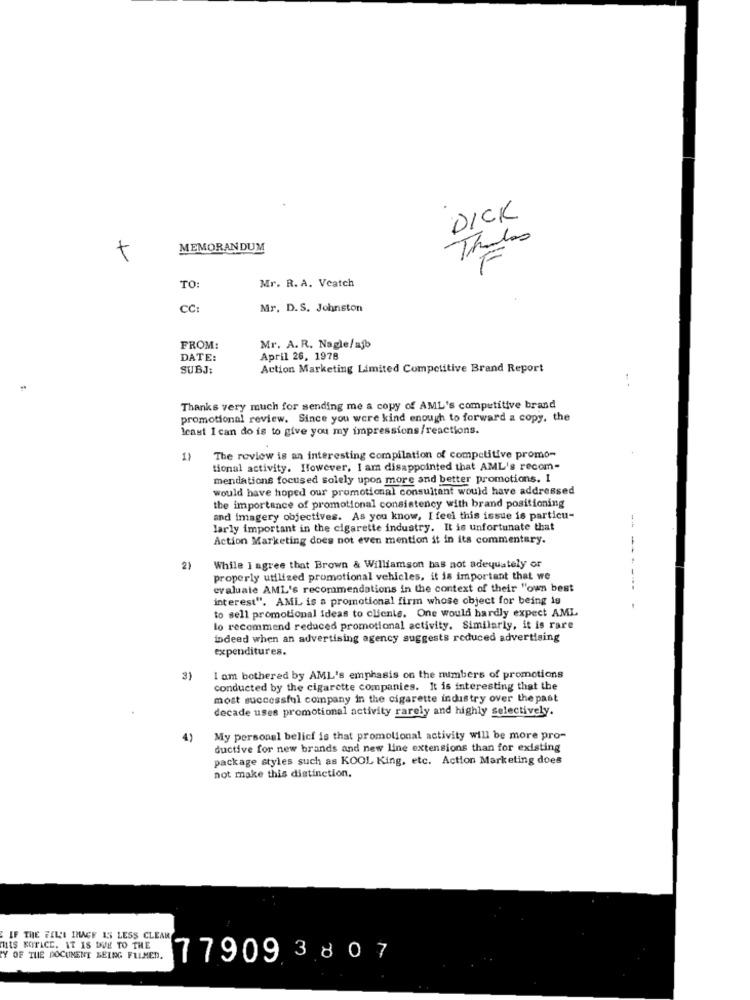
DICK
MEMORANDUM
Mr. R. A. Veatch
TO:
CC:
Mr. D.S. Johnston
FROM:
Mr. A. R. Nagle/ajo
DATE:
April 26, 1978
SUBJ;
Action Marketing Limited Competitive Brand Report
1
Thanks very much for sending me a copy of AML's competitive brand
promotional review. Since you were kind enough to forward a copy, the
least I can do is to give you my impressions/reactions.
1)
The review is an interesting compilation of competitive promo-
tional activity. However, I am disappointed that AML's recom-
mendations focused solely upon more and better promotions. I
would have hoped our promotional consultant would have addressed
the importance of promotional consistency with brand positioning
and imagery objectives. As you know, I feel this issue is particu-
--
larly important in the cigarette industry. It is unfortunate that
Action Marketing does not even mention it in its commentary.
2)
While I agree that Brown & Williamson has not adequately or
properly utilized promotional vehicles. it is important that we
evaluate AML's recommendations in the context of their "own best
------
interest". AML is a promotional firm whose object for being is
to sell promotional ideas to clients. One would hardly expect AML
lo recommend reduced promotional activity. Similarly, it is rare
indeed when an advertising agency suggests reduced advertising
expenditures.
3)
I am bothered by AML's emphasis on the numbers of promotions
conducted by the cigarette companies. It is interesting that the
most successful company in the cigarette industry over the past
decade uses promotional activity rarely and highly selectively.
4)
My personal belicf is that promotional activity will be more pro-
ductive for new brands and new line extensions than for existing
package styles such as KOOL King, etc. Action Marketing does
not make this distinction.
IF THE FILE IMAGE 15 LESS CLEAR
MIS KOTACE. IT IS DUE TO THE
Y OF THE DOCUMENT SELNG FLLMED.
77909 3807